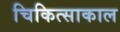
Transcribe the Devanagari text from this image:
चिकित्साकाल